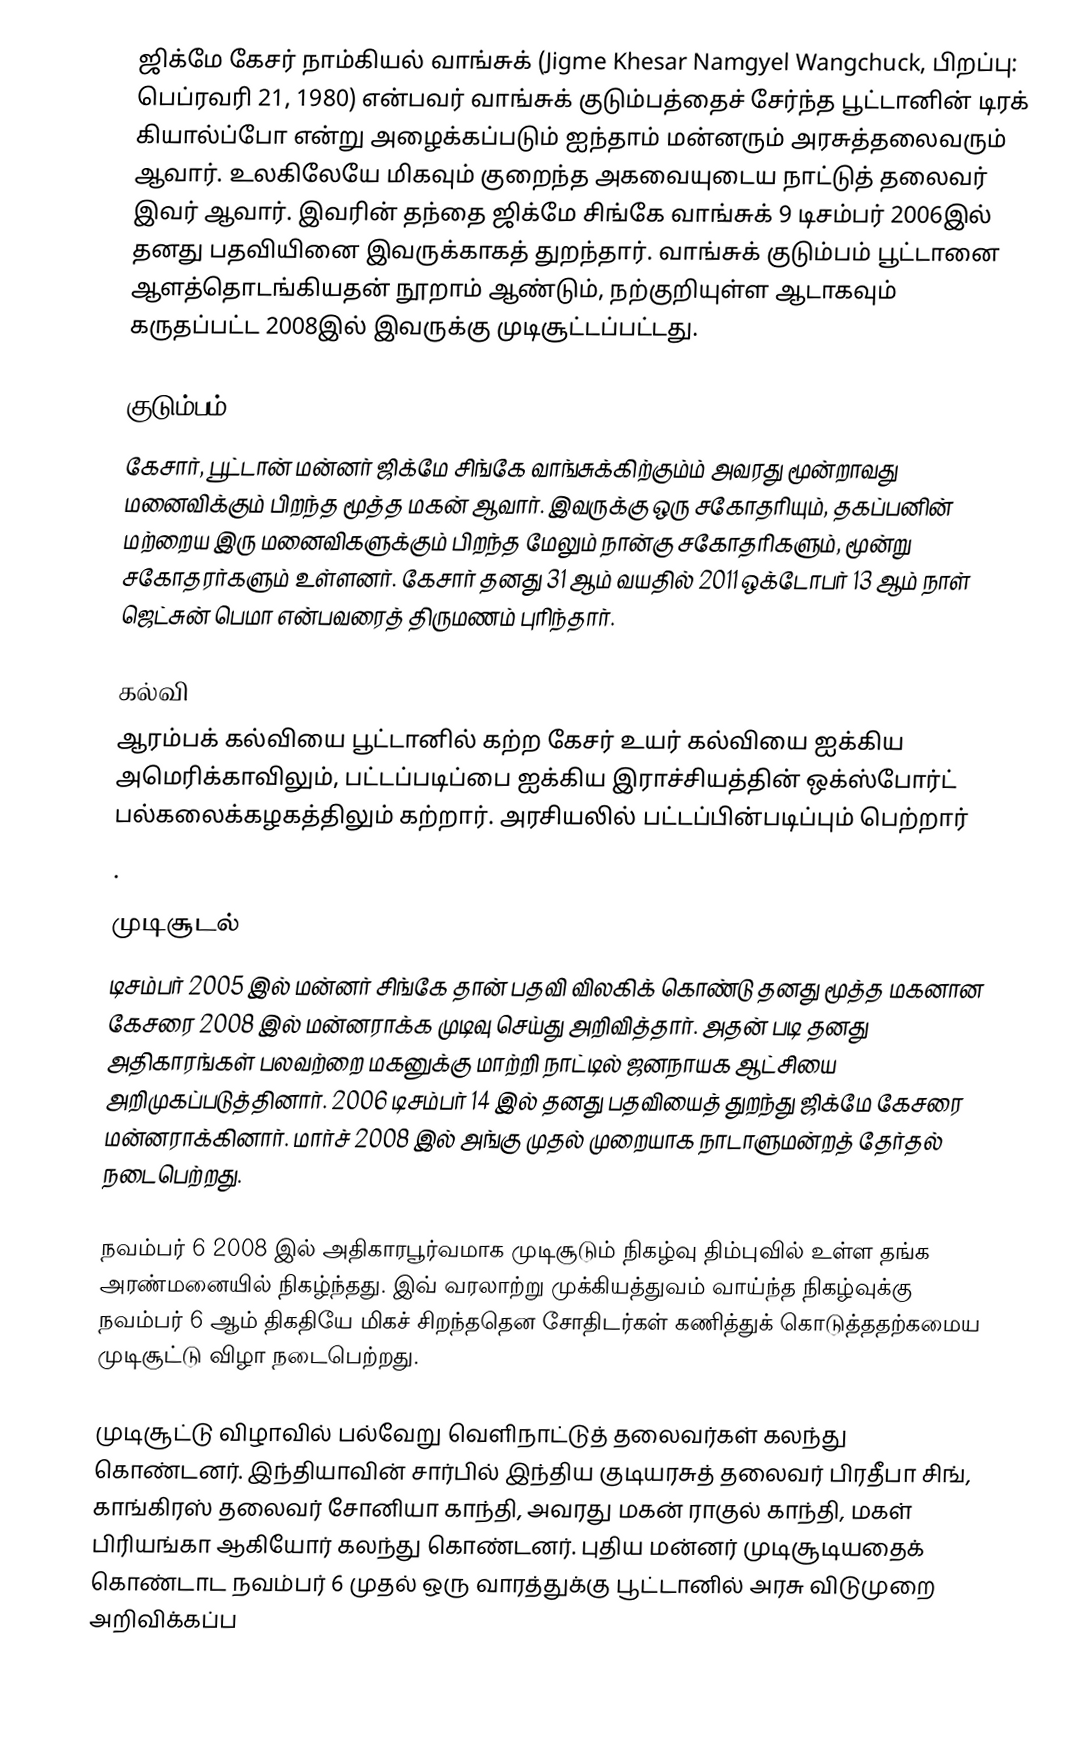
ஜிக்மே கேசர் நாம்கியல் வாங்சுக் (Jigme Khesar Namgyel Wangchuck, பிறப்பு: பெப்ரவரி 21, 1980) என்பவர் வாங்சுக் குடும்பத்தைச் சேர்ந்த பூட்டானின் டிரக் கியால்ப்போ என்று அழைக்கப்படும் ஐந்தாம் மன்னரும் அரசுத்தலைவரும் ஆவார். உலகிலேயே மிகவும் குறைந்த அகவையுடைய நாட்டுத் தலைவர் இவர் ஆவார். இவரின் தந்தை ஜிக்மே சிங்கே வாங்சுக் 9 டிசம்பர் 2006இல் தனது பதவியினை இவருக்காகத் துறந்தார். வாங்சுக் குடும்பம் பூட்டானை ஆளத்தொடங்கியதன் நூறாம் ஆண்டும், நற்குறியுள்ள ஆடாகவும் கருதப்பட்ட 2008இல் இவருக்கு முடிசூட்டப்பட்டது.

குடும்பம்
கேசார், பூட்டான் மன்னர் ஜிக்மே சிங்கே வாங்சுக்கிற்கும்ம் அவரது மூன்றாவது மனைவிக்கும் பிறந்த மூத்த மகன் ஆவார். இவருக்கு ஒரு சகோதரியும், தகப்பனின் மற்றைய இரு மனைவிகளுக்கும் பிறந்த மேலும் நான்கு சகோதரிகளும், மூன்று சகோதரர்களும் உள்ளனர். கேசார் தனது 31 ஆம் வயதில் 2011 ஒக்டோபர் 13 ஆம் நாள் ஜெட்சுன் பெமா என்பவரைத் திருமணம் புரிந்தார்.

கல்வி
ஆரம்பக் கல்வியை பூட்டானில் கற்ற கேசர் உயர் கல்வியை ஐக்கிய அமெரிக்காவிலும், பட்டப்படிப்பை ஐக்கிய இராச்சியத்தின் ஒக்ஸ்போர்ட் பல்கலைக்கழகத்திலும் கற்றார். அரசியலில் பட்டப்பின்படிப்பும் பெற்றார்
.

முடிசூடல்
டிசம்பர் 2005 இல் மன்னர் சிங்கே தான் பதவி விலகிக் கொண்டு தனது மூத்த மகனான கேசரை 2008 இல் மன்னராக்க முடிவு செய்து அறிவித்தார். அதன் படி தனது அதிகாரங்கள் பலவற்றை மகனுக்கு மாற்றி நாட்டில் ஜனநாயக ஆட்சியை அறிமுகப்படுத்தினார். 2006 டிசம்பர் 14 இல் தனது பதவியைத் துறந்து ஜிக்மே கேசரை மன்னராக்கினார். மார்ச் 2008 இல் அங்கு முதல் முறையாக நாடாளுமன்றத் தேர்தல் நடைபெற்றது.

நவம்பர் 6 2008 இல் அதிகாரபூர்வமாக முடிசூடும் நிகழ்வு திம்புவில் உள்ள தங்க அரண்மனையில் நிகழ்ந்தது. இவ் வரலாற்று முக்கியத்துவம் வாய்ந்த நிகழ்வுக்கு நவம்பர் 6 ஆம் திகதியே மிகச் சிறந்ததென சோதிடர்கள் கணித்துக் கொடுத்ததற்கமைய முடிசூட்டு விழா நடைபெற்றது.

முடிசூட்டு விழாவில் பல்வேறு வெளிநாட்டுத் தலைவர்கள் கலந்து கொண்டனர். இந்தியாவின் சார்பில் இந்திய குடியரசுத் தலைவர் பிரதீபா சிங், காங்கிரஸ் தலைவர் சோனியா காந்தி, அவரது மகன் ராகுல் காந்தி, மகள் பிரியங்கா ஆகியோர் கலந்து கொண்டனர். புதிய மன்னர் முடிசூடியதைக் கொண்டாட நவம்பர் 6 முதல் ஒரு வாரத்துக்கு பூட்டானில் அரசு விடுமுறை அறிவிக்கப்ப